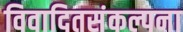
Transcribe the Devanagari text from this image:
विवादितसंकल्पना